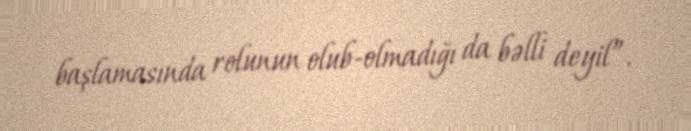
başlamasında rolunun olub-olmadığı da bəlli deyil”.